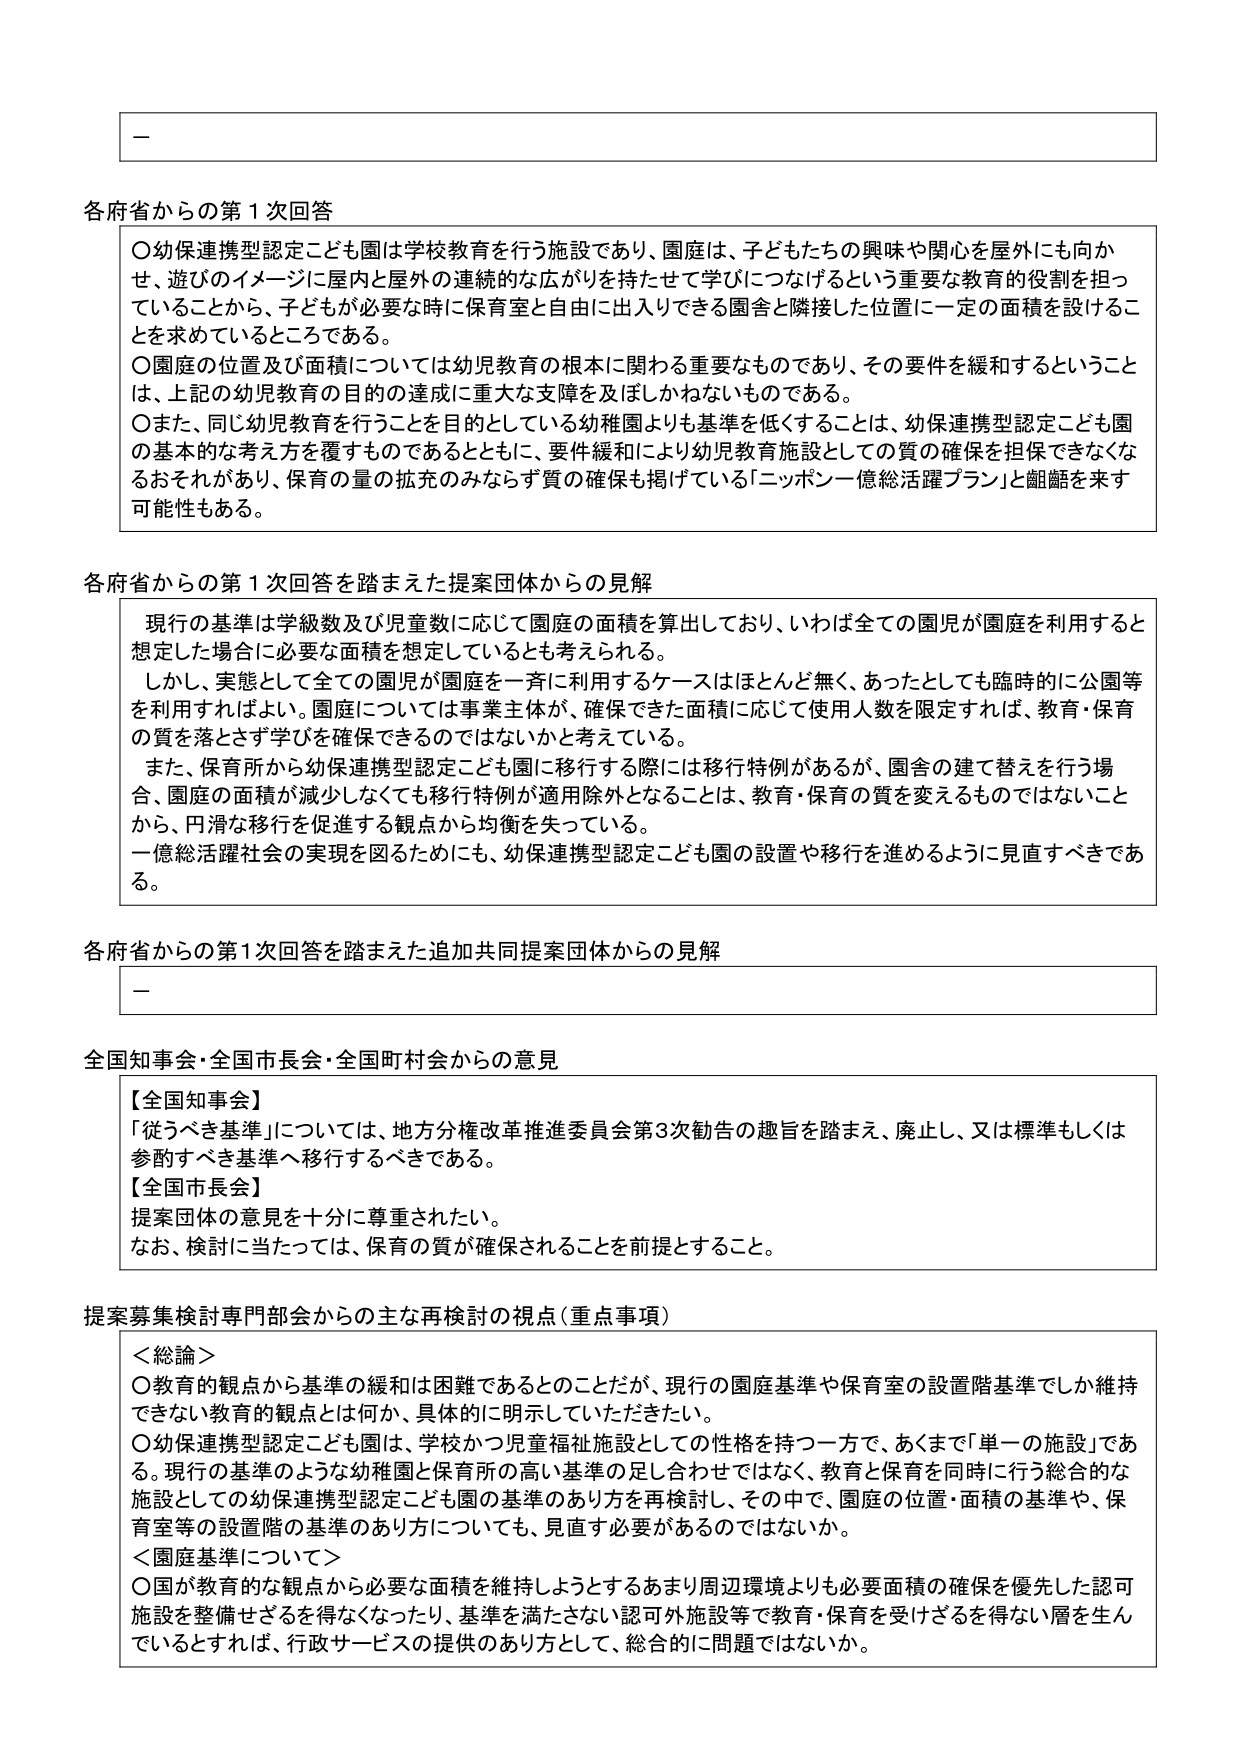
一

各府省からの第1次回答
〇幼保連携型認定こども園は学校教育を行う施設であり、園庭は、子どもたちの興味や関心を屋外にも向か
せ、遊びのイメージに屋内と屋外の連続的な広がりを持たせて学びにつなげるという重要な教育的役割を担っ
ていることから、子どもが必要な時に保育室と自由に出入りできる園舎と隣接した位置に一定の面積を設けるこ
とを求めているところである。
〇園庭の位置及び面積については幼児教育の根本に関わる重要なものであり、その要件を緩和するということ
は、上記の幼児教育の目的の達成に重大な支障を及ぼしかねないものである。
〇また、同じ幼児教育を行うことを目的としている幼稚園よりも基準を低くすることは、幼保連携型認定こども園
の基本的な考え方を覆すものであるとともに、要件緩和により幼児教育施設としての質の確保を担保できなくな
るおそれがあり、保育の量の拡充のみならず質の確保も掲げている「ニッポン一億総活躍プラン」と齟齬を来す
可能性もある。

各府省からの第1次回答を踏まえた提案団体からの見解
現行の基準は学級数及び児童数に応じて園庭の面積を算出しており、いわば全ての園児が園庭を利用すると
想定した場合に必要な面積を想定しているとも考えられる。
しかし、実態として全ての園児が園庭を一斉に利用するケースはほとんど無く、あったとしても臨時に公園等
を利用すればよい。園庭については事業主体が、確保できた面積に応じて使用人数を限定すれば、教育・保育
の質を落とさず学びを確保できるのではないと考えている。
また、保育所から幼保連携型認定こども園に移行する際には移行特例があるが、園舎の建て替えを行う場
合、園庭の面積が減少しなくても移行特例が適用除外となることは、教育・保育の質を変えるものではないこと
から、円滑な移行を促進する観点から均衡を失っている。
一億総活躍社会の実現を図るためにも、幼保連携型認定こども園の設置や移行を進めるように見直すべきであ
る。

各府省からの第1次回答を踏まえた追加共同提案団体からの見解
一

全国知事会・全国市長会・全国町村会からの意見
【全国知事会】
「従うべき基準」については、地方分権改革推進委員会第3次勧告の趣旨を踏まえ、廃止し、又は標準もしくは
参酌すべき基準へ移行するべきである。
【全国市長会】
提案団体の意見を十分に尊重されたい。
なお、検討に当たっては、保育の質が確保されることを前提とすること。

提案募集検討専門部会からの主な再検討の視点（重点事項）
＜総論＞
〇教育的観点から基準の緩和は困難であるとのことだが、現行の園庭基準や保育室の設置階基準でしか維持
できない教育的観点とは何か、具体的に明示していただきたい。
〇幼保連携型認定こども園は、学校かつ児童福祉施設としての性格を持つ一方で、あくまで「単一の施設」であ
る。現行の基準のような幼稚園と保育所の高い基準の足し合わせではなく、教育と保育を同時に行う総合的な
施設としての幼保連携型認定こども園の基準のあり方を再検討し、その中で、園庭の位置・面積の基準や、保
育室等の設置階の基準のあり方についても、見直す必要があるのではないか。
＜園庭基準について＞
〇国が教育的な観点から必要な面積を維持しようとするあまり周辺環境よりも必要面積の確保を優先した認可
施設を整備せざるを得なくなったり、基準を満たさない認可外施設等で教育・保育を受けざるを得ない層を生ん
でいるとすれば、行政サービスの提供のあり方として、総合的に問題ではないか。